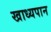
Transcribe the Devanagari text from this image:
खाध्यपान